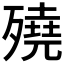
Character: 𣩦